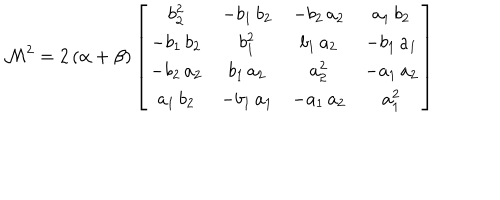
\mathcal { M } ^ { 2 } = 2 \, ( \alpha + \beta ) \left[ \begin{array} { c c c c } { { b _ { 2 } ^ { 2 } } } & { { - b _ { 1 } \, b _ { 2 } } } & { { - b _ { 2 } \, a _ { 2 } } } & { { a _ { 1 } \, b _ { 2 } } } \\ { { - b _ { 1 } \, b _ { 2 } } } & { { b _ { 1 } ^ { 2 } } } & { { b _ { 1 } \, a _ { 2 } } } & { { - b _ { 1 } \, a _ { 1 } } } \\ { { - b _ { 2 } \, a _ { 2 } } } & { { b _ { 1 } \, a _ { 2 } } } & { { a _ { 2 } ^ { 2 } } } & { { - a _ { 1 } \, a _ { 2 } } } \\ { { a _ { 1 } \, b _ { 2 } } } & { { - b _ { 1 } \, a _ { 1 } } } & { { - a _ { 1 } \, a _ { 2 } } } & { { a _ { 1 } ^ { 2 } } } \\ \end{array} \right]